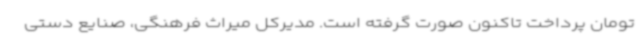
تومان پرداخت تاکنون صورت گرفته است. مدیرکل میراث فرهنگی، صنایع دستی